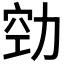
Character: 𭄲